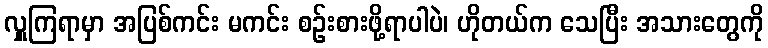
လှူကြရာမှာ အပြစ်ကင်း မကင်း စဉ်းစားဖို့ရာပါပဲ၊ ဟိုတယ်က သေပြီး အသားတွေကို